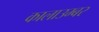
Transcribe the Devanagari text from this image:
कालाउम्बर